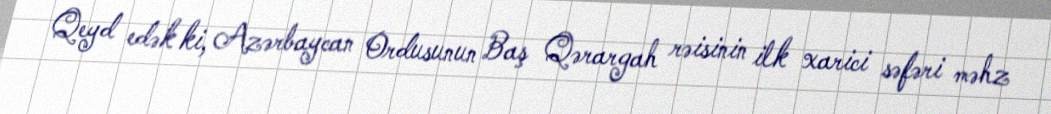
Qeyd edək ki, Azərbaycan Ordusunun Baş Qərargah rəisinin ilk xarici səfəri məhz